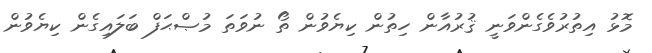
މޮޅު އިތުރުވެގެންވަނީ ޤުރުއާން ހިތުން ކިޔެވުން ތޯ ނުވަތަ މުޞްޙަފް ބަލައިގެން ކިޔެވުން